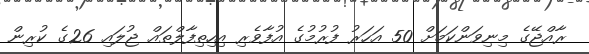
ރާއްޖޭގެ މިނިވަންކަމަށް 50 އަހަރު ފުރުމުގެ އުފާވެރި އިހިތިފާލްތައް ޖުލައި 26ގެ ކުރިން